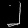
Digit: ၂